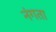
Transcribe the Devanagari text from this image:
नंगता